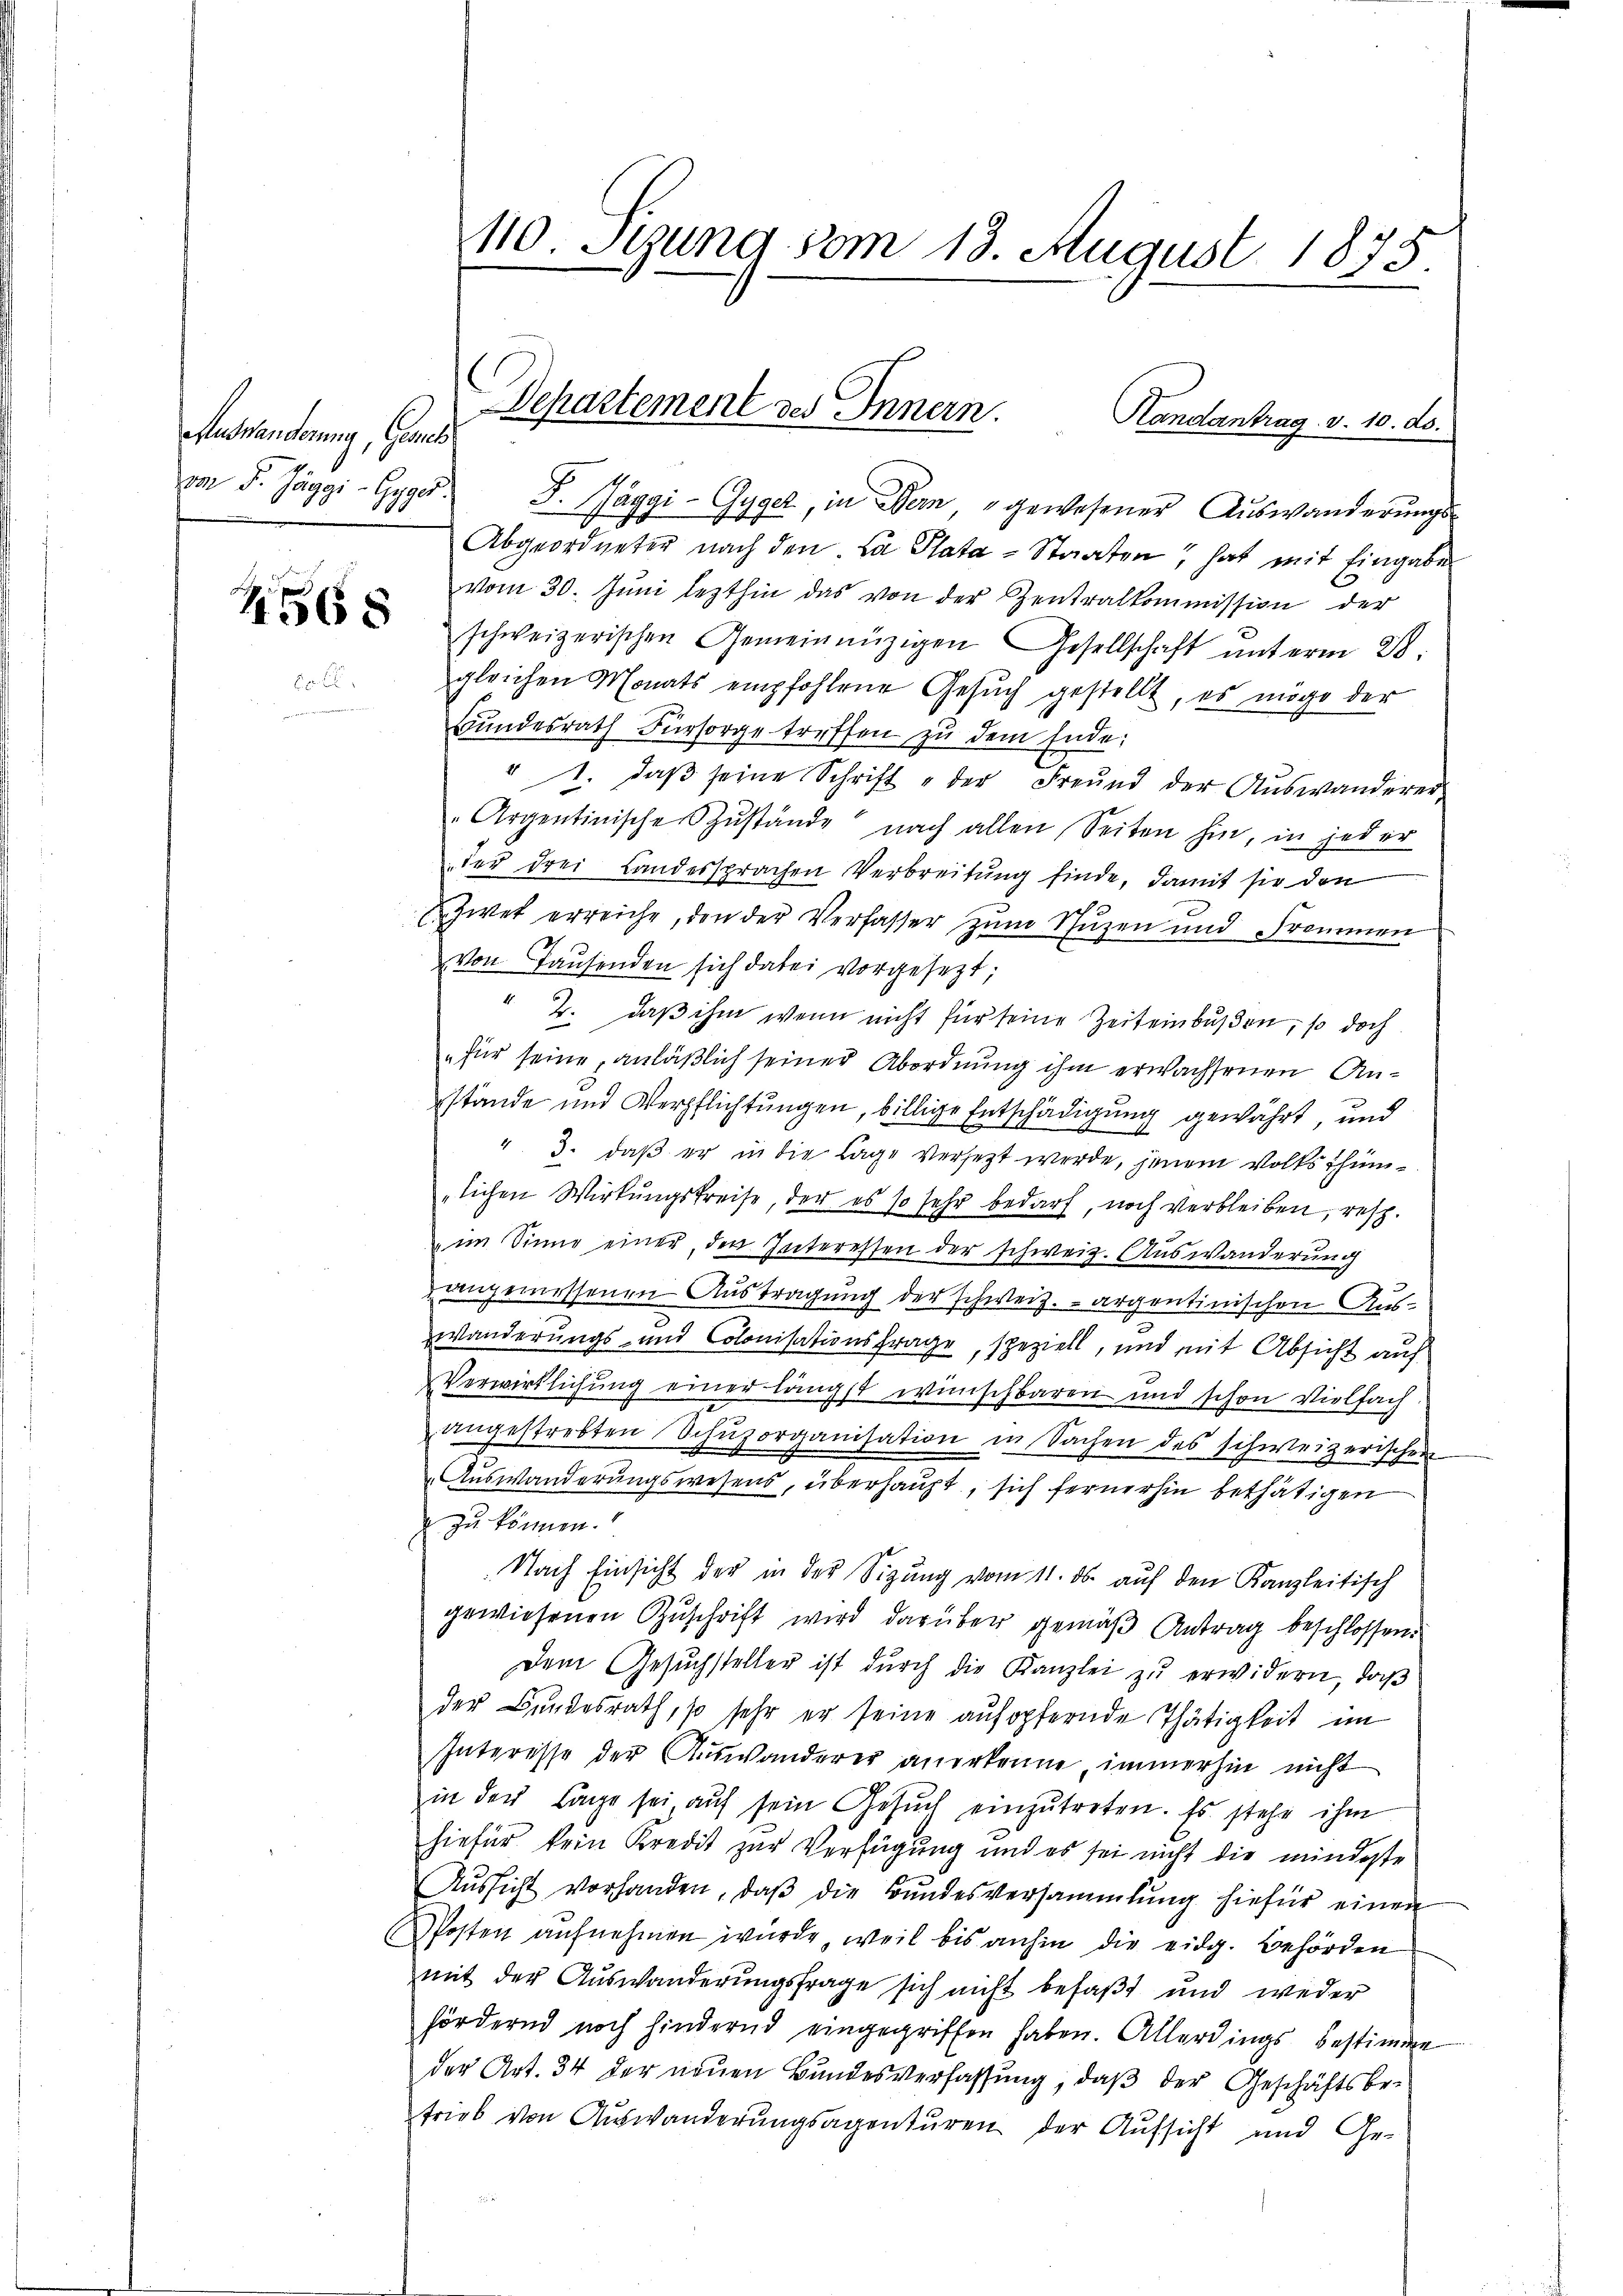
Auswanderung, Genes

2568

von F. Jäggi-Gyger. F. Jäggi-Gyger, in Bern, gewesener Aŭswanderŭngs-
Abgeordneter nach den La Plata-Staaten, hat mit Eingabe
vom 30. Juni lezthin das von der Zentralkommission der
schweizerischen Gemeinnüzigen Gesellschaft ŭnterm 28.
gleichen Monats empfohlene Gesŭch gestellt, es möge der
Bŭndesrath Fürsorgetreffen zŭ dem Ende:
" 1. daβ seine Schrift der Freund der Aŭswanderer
Argentinische Zŭstände nach allen Seiten hin, in jeder
der drei Landersprachen Verbreitung finde, damit sie den
Zwet erreiche, den der Verfasser zum Schuzen und Frommen
von Tausenden sich dabei vorgesezt;
1.
2. daß ihm wenn nicht für seine Zeiteinbußen, so doch
„für seine, anläßlich seiner Abordnung ihm erwachsenen Anstände und Verpflichtungen, billige Entschädigung gewährt, und
". 3. daβ er in die Lage versetzt werde, jenem Volksthümlichen Wirkungskreise, der es so sehr bedarf, noch verbleiben, resp.
im Sinne einer, den Interessen der schweiz. Auswanderung
angemessenen Austragung der schweiz.- argentinischen Auswanderungs- und Colonisationsfrage, speziell, und mit Absicht auf
Verwirklichung einer längst wünschbaren und schon vielfach
angestrebten Schŭzorganisation in Sachen des schweizerischen
Auswanderungswesens, überhaupt, sich fernerhin bethätigen
zu können.
Nach Einsicht der in der Sizung vom 11. ds auf den Kanzleitisch
gewiesenen Zuschrift wird darüber gemäß Antrag beschlossen.
Dem Gesŭchsteller ist dŭrch die Kanzlei zŭ erwidern, daβ
der Bundesrath, so sehr er seine aufopfernde Thätigkeit im
Interesse der Auswanderer anerkenne, immerhin nicht
in der Lage sei, auf sein Gesŭch einzŭtreten. Es stehe ihm
hiefür kein Kredit zur Verfügung und es sei nicht die mindeste
Aŭssicht vorhanden, daβ die Bŭndesversammlung hiefür einen
Posten aufnehmen wurde, weil bis anhin die eidg. Behörden
mit der Auswanderungsfrage sich nicht befaßt und weder
fördernd noch hindernd eingegriffen haben. Allerdings bestimme
der Art. 34 der neuen Bundesverfassung, daß der Geschäftsbetrieb von Auswanderungsagenturen der Aufsicht und Ge-
n

110. Stung vom 13. August 1875.

Departement des Innern. Handantrag v. 10. ds.